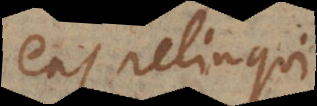
eas relinqui.